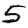
Digit: 5